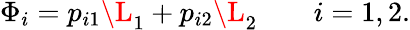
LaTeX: \Phi_{i}=p_{i1}\L_{1}+p_{i2}\L_{2}\qquad i={1,2}.